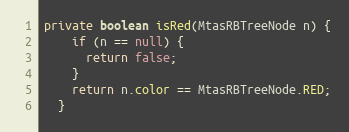
Language: Java
private boolean isRed(MtasRBTreeNode n) {
    if (n == null) {
      return false;
    }
    return n.color == MtasRBTreeNode.RED;
  }